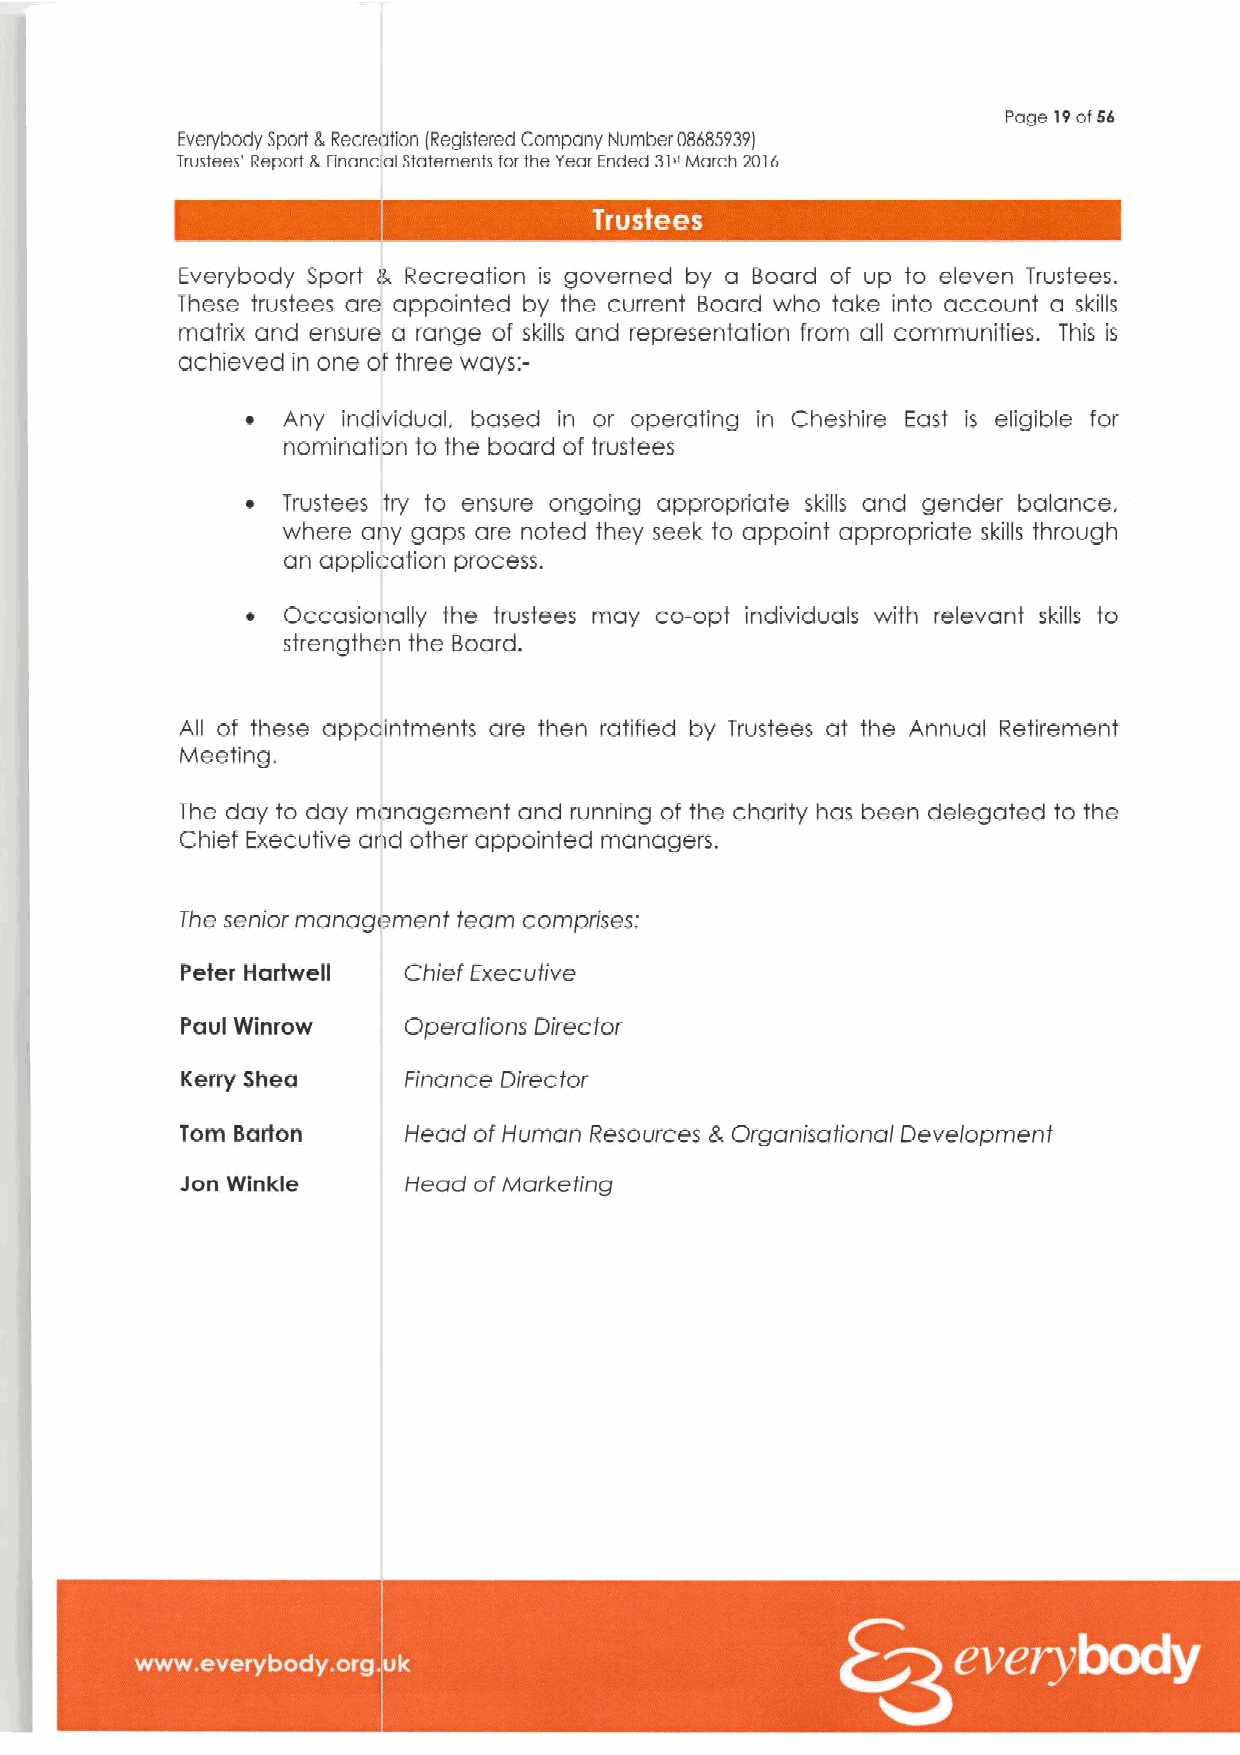
Page 19af55
 Everybody Sport 8 Recreation iRegistered Company Number 08685939)
 trustees' Report tt rinanc al Statements tar the Year Ended 31"March 2016
 Everybody Sport 8, Recreation is governed by a Board of up to eleven Trustees.
 These trustees are appointed by the current Board who take into account a skills
 matrix and ensure a range of skills and representation from all communities. This is
 achieved in one of three ways:-
 ~  Any individual, based in or operating in Cheshire East is eligible for
 nomination to the board of trustees
 ~  Trustees try to ensure ongoing appropriate skills and gender balance.
 where any gaps are noted they seek to appoint appropriate skills through
 an application process.
 ~  Occasionally the trustees may co-opt individuals with relevant skills to
 strengthen the Board.
 All of these appcintments are then ratified by Trustees at the Annual Retirement
 Meeting.
 The day to day management and running of the charity has been delegated to the
 Chief Executive and other appointed managers.
 The senior management team comprises:
 Peter Hartwell Chief Executive
 Paul Winrow    Operations Director
 Kerry Shea     Finance Director
 Tom Barton     Head ofHuman Resources 2r, Organisational Development
 Jon Winkle     Head ofMarketing
 ~ ~ ~